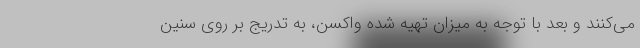
می‌کنند و بعد با توجه به میزان تهیه شده واکسن، به تدریج بر روی سنین